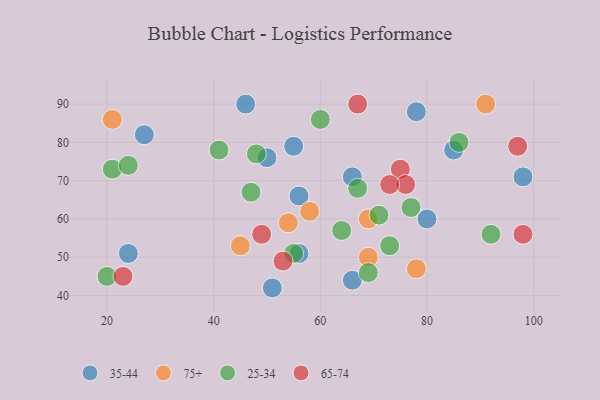
{"axis": {"x": "GDP", "y": "Life Expectancy"}, "legend": ["25-34", "35-44", "65-74", "75+"], "data": [{"x": "51", "y": 42, "type": "35-44"}, {"x": "55", "y": 79, "type": "35-44"}, {"x": "46", "y": 90, "type": "35-44"}, {"x": "98", "y": 71, "type": "35-44"}, {"x": "50", "y": 76, "type": "35-44"}, {"x": "56", "y": 51, "type": "35-44"}, {"x": "56", "y": 66, "type": "35-44"}, {"x": "80", "y": 60, "type": "35-44"}, {"x": "78", "y": 88, "type": "35-44"}, {"x": "85", "y": 78, "type": "35-44"}, {"x": "66", "y": 71, "type": "35-44"}, {"x": "66", "y": 44, "type": "35-44"}, {"x": "27", "y": 82, "type": "35-44"}, {"x": "24", "y": 51, "type": "35-44"}, {"x": "69", "y": 60, "type": "75+"}, {"x": "78", "y": 47, "type": "75+"}, {"x": "58", "y": 62, "type": "75+"}, {"x": "69", "y": 50, "type": "75+"}, {"x": "45", "y": 53, "type": "75+"}, {"x": "21", "y": 86, "type": "75+"}, {"x": "91", "y": 90, "type": "75+"}, {"x": "54", "y": 59, "type": "75+"}, {"x": "69", "y": 46, "type": "25-34"}, {"x": "55", "y": 51, "type": "25-34"}, {"x": "64", "y": 57, "type": "25-34"}, {"x": "60", "y": 86, "type": "25-34"}, {"x": "48", "y": 77, "type": "25-34"}, {"x": "86", "y": 80, "type": "25-34"}, {"x": "47", "y": 67, "type": "25-34"}, {"x": "21", "y": 73, "type": "25-34"}, {"x": "92", "y": 56, "type": "25-34"}, {"x": "41", "y": 78, "type": "25-34"}, {"x": "24", "y": 74, "type": "25-34"}, {"x": "20", "y": 45, "type": "25-34"}, {"x": "71", "y": 61, "type": "25-34"}, {"x": "77", "y": 63, "type": "25-34"}, {"x": "73", "y": 53, "type": "25-34"}, {"x": "67", "y": 68, "type": "25-34"}, {"x": "97", "y": 79, "type": "65-74"}, {"x": "98", "y": 56, "type": "65-74"}, {"x": "53", "y": 49, "type": "65-74"}, {"x": "67", "y": 90, "type": "65-74"}, {"x": "75", "y": 73, "type": "65-74"}, {"x": "23", "y": 45, "type": "65-74"}, {"x": "49", "y": 56, "type": "65-74"}, {"x": "76", "y": 69, "type": "65-74"}, {"x": "73", "y": 69, "type": "65-74"}]}